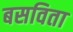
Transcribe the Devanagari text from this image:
बसविता